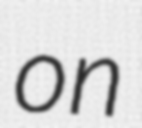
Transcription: on